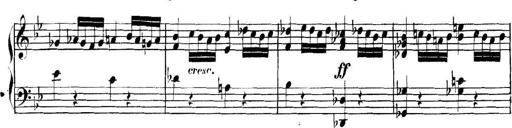
Title: Collected Piano Sonatas
Composer: Muzio Clementi